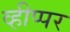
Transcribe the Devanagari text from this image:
व्हीप्पर